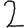
Digit: 2